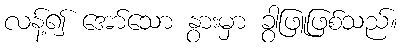
လန့်၍ အော်သော နွားမှာ ခွါဖြူဖြစ်သည်။